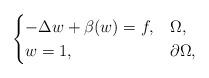
LaTeX: \begin{align*}\begin{cases}-\Delta w+\beta (w)={f}, & \Omega , \\ w=1, & \partial \Omega ,\end{cases}\end{align*}